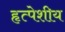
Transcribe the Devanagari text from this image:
हृत्पेशीय